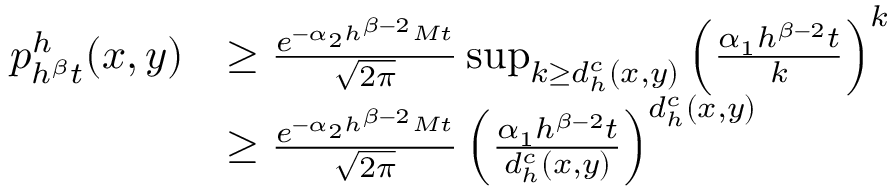
\begin{array} { r l } { p _ { h ^ { \beta } t } ^ { h } ( x , y ) } & { \geq \frac { e ^ { - \alpha _ { 2 } h ^ { \beta - 2 } M t } } { \sqrt { 2 \pi } } \operatorname* { s u p } _ { k \geq d _ { h } ^ { c } ( x , y ) } \left( \frac { \alpha _ { 1 } h ^ { \beta - 2 } t } { k } \right) ^ { k } } \\ & { \geq \frac { e ^ { - \alpha _ { 2 } h ^ { \beta - 2 } M t } } { \sqrt { 2 \pi } } \left( \frac { \alpha _ { 1 } h ^ { \beta - 2 } t } { d _ { h } ^ { c } ( x , y ) } \right) ^ { d _ { h } ^ { c } ( x , y ) } } \end{array}